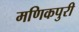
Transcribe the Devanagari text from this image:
मणिकपुरी